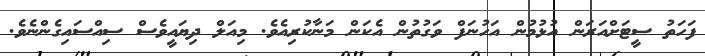
ފަހަތު ސީޓަށްއަރަން އުޅުމުން އަހުނަފް ވަގުތުން އެކަން މަނާކުރިއެވެ. މިއަލް ދިޔައީވެސް ސިއްސައިގެންނެވެ.